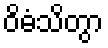
ဝိဓံသိတွာ